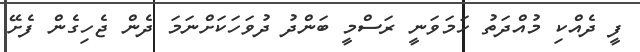
ފީ ދެއްކި މުއްދަތު ހަމަވަނީ ރަސްމީ ބަންދު ދުވަހަކަށްނަމަ ދެން ޖެހިގެން ފެށޭ